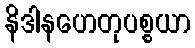
နိဒါနဟေတုပစ္စယာ